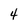
Character: 4